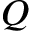
Q